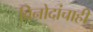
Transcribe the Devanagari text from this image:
विनोदांचाही